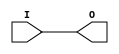
`timescale 1ns / 1ps
module IBUFG(input I, output O);
assign O = I;
endmodule